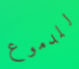
للدموع